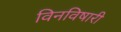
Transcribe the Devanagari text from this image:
विनविषारी